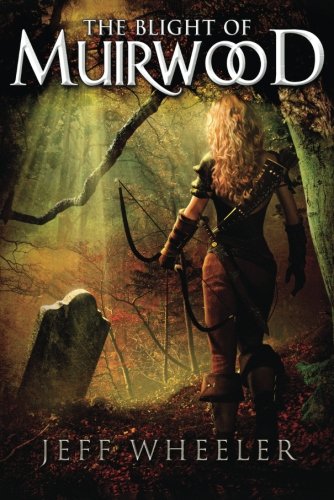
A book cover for The Blight of Muirwood (Legends of Muirwood); Jeff Wheeler; Romance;